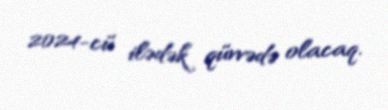
2024-cü ilədək qüvvədə olacaq.